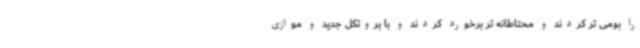
را بومی تر کردند و محتاطانه تر برخورد کردند و با پروتکل جدید و موازی